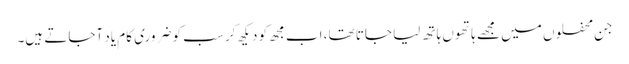
جن محفلوں میں مجھے ہاتھوں ہاتھ لیا جاتا تھا، اب مجھ کو دیکھ کر سب کو ضروری کام یاد آجاتے ہیں۔